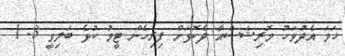
ހަމަ އެދުވަހު މޮރިޝަސްއާ ދެކޮޅަށް ފިރިހެން ޓީމު ކުޅެ ބަލިވީ 3- 1